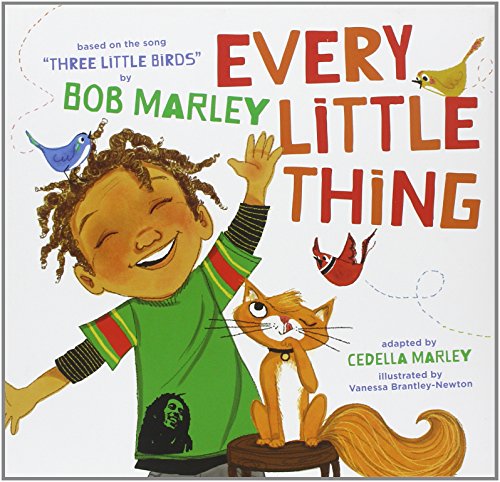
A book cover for Every Little Thing: Based on the song 'Three Little Birds' by Bob Marley; Bob Marley; Children's Books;